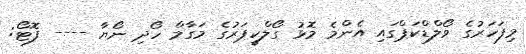
މިފަހަރުގެ ވޯލްޑްކަޕްގައި އެންމެ މޮޅު ގޯލްކީޕަރުގެ މަގާމް ހޯދި ނޯޔާ ---- ފޮޓޯ: